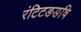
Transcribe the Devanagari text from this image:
रंटिटङङषि